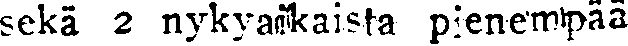
sekä 2 nykyaikaista pienempää